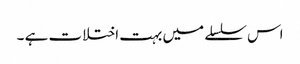
اس سلسلے میں بہت اختلات ہے ۔